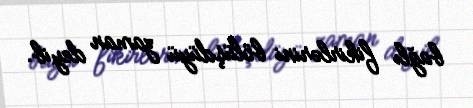
bağlı fikirlərini bölüşdüyü zaman deyib.